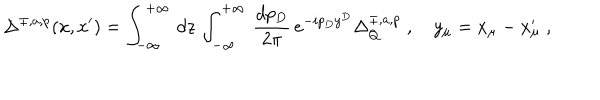
LaTeX: \Delta ^ { \mp , a , p } ( x , x ^ { \prime } ) = \int _ { - \infty } ^ { + \infty } \, d z \, \int _ { - \infty } ^ { + \infty } \, \frac { d p _ { D } } { 2 \pi } \, e ^ { - i p _ { D } y ^ { D } } \Delta _ { Q } ^ { \mp , a , p } \; , \quad y _ { \mu } = x _ { \mu } - x _ { \mu } ^ { \prime } \; ,